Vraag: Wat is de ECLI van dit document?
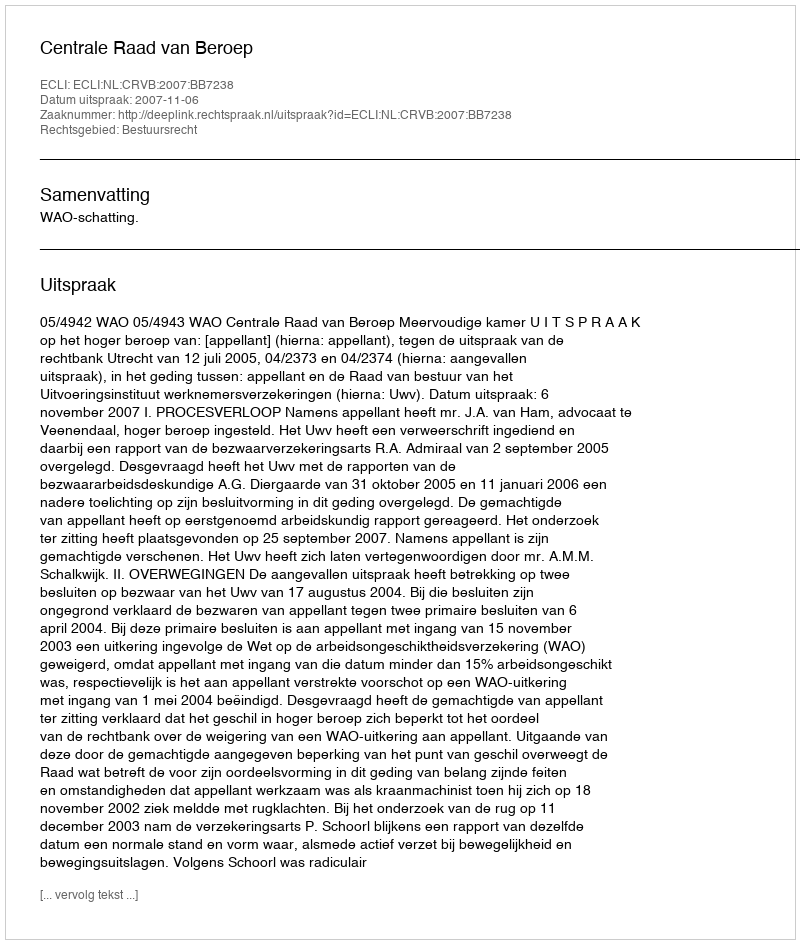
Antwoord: ECLI:NL:CRVB:2007:BB7238